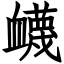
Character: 衊